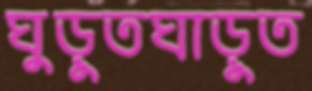
ঘুড়ুতঘাড়ুত